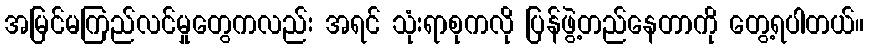
အမြင်မကြည်လင်မှုတွေကလည်း အရင် သုံးရာစုကလို ပြန်ဖွဲ့တည်နေတာကို တွေ့ရပါတယ်။